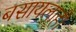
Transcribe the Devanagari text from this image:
बसायलाही